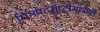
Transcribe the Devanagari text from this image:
चित्रपटसुष्ट्रीमध्येही